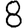
Digit: 8